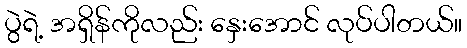
ပွဲရဲ့ အရှိန်ကိုလည်း နှေးအောင် လုပ်ပါတယ်။